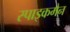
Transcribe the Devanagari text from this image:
स्पाइकमैन